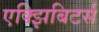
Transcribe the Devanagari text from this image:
एक्झिबिटर्स